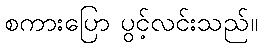
စကားပြော ပွင့်လင်းသည်။